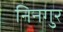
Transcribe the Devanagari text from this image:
निनगुर